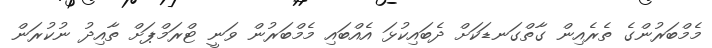
މެމްބަރުންގެ ތެރެއިން ގާތްގަނޑަކަށް ދެބައިކުޅަ އެއްބައި މެމްބަރުން ވަނީ ޓްރަމްޕަށް ތާއިދު ނުކުރަން